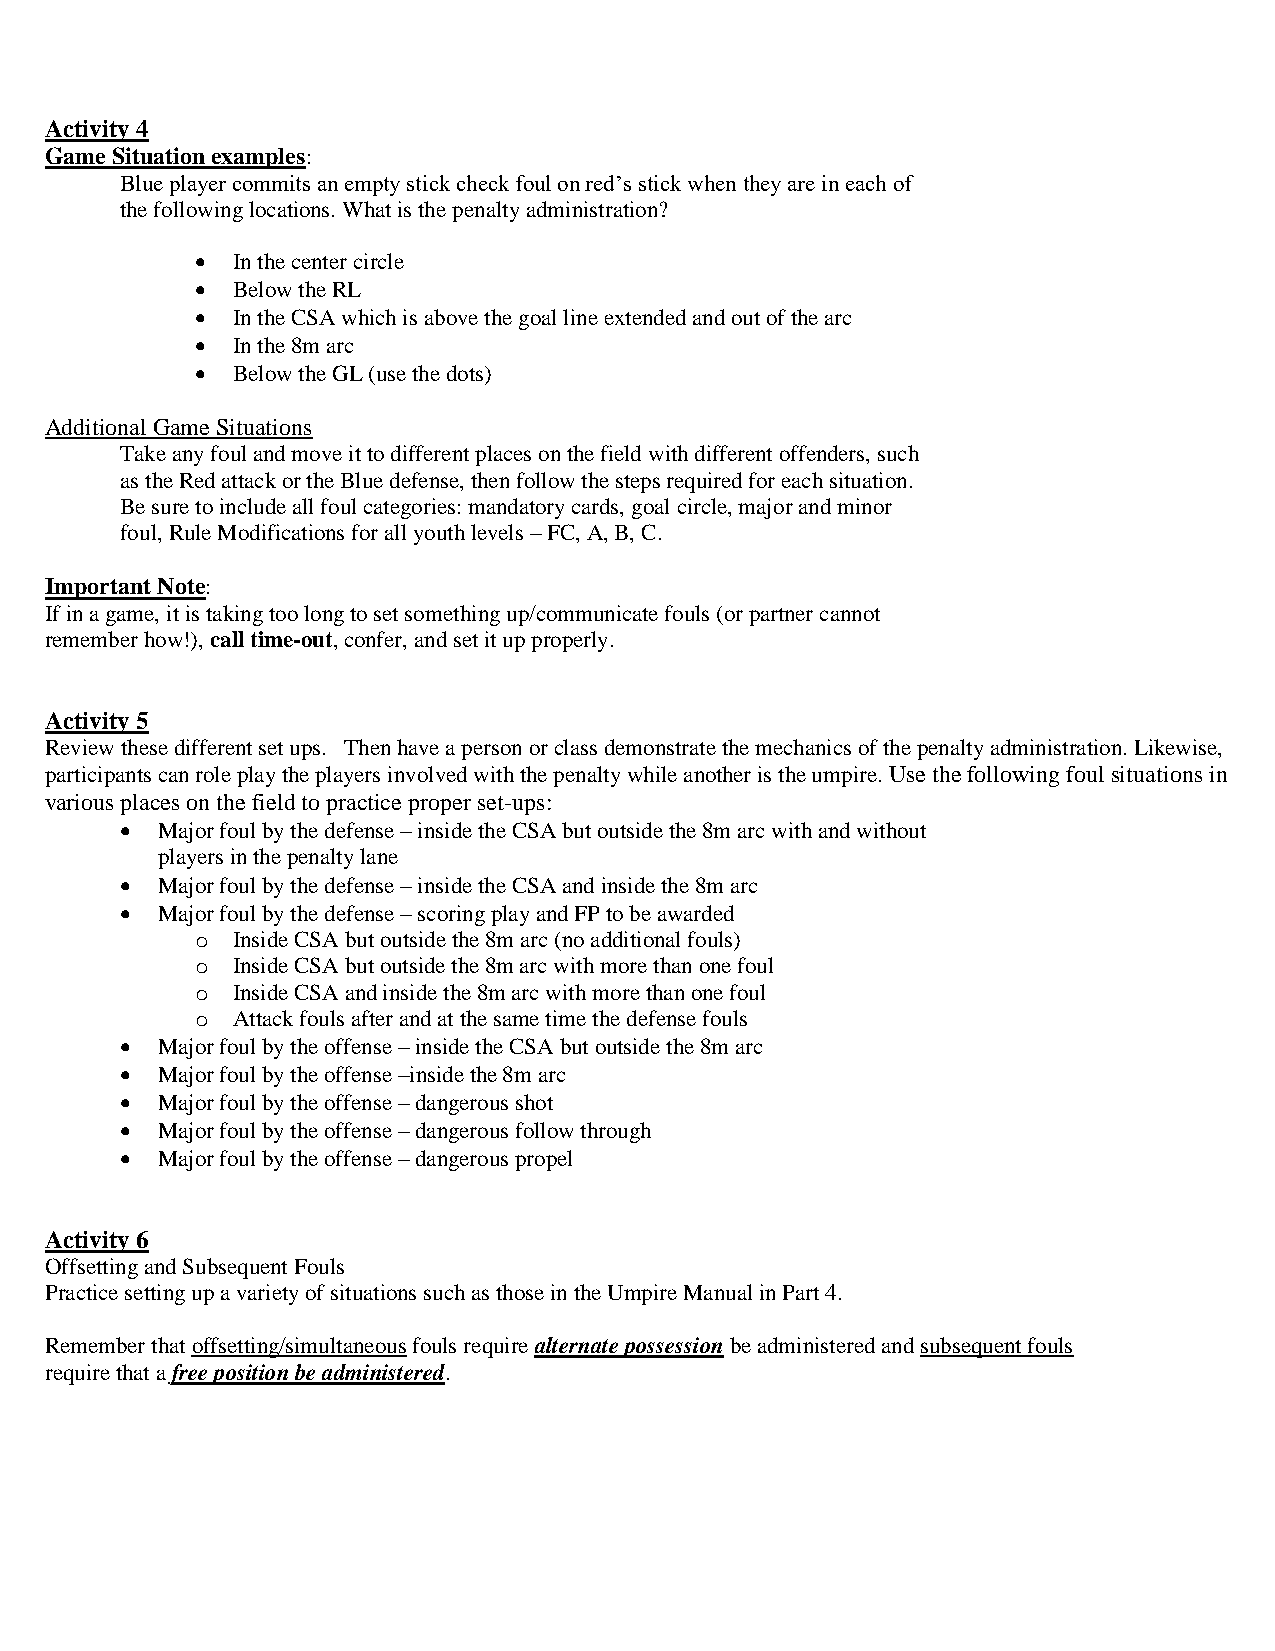
Activity 4
 Game Situation examples:
 Blue player commits an empty stick check foul on red’s stick when they are in each of
 the following locations. What is the penalty administration?
  In the center circle
  Below the RL
  In the CSA which is above the goal line extended and out of the arc
  In the 8m arc
  Below the GL (use the dots)
 Additional Game Situations
 Take any foul and move it to different places on the field with different offenders, such
 as the Red attack or the Blue defense, then follow the steps required for each situation.
 Be sure to include all foul categories: mandatory cards, goal circle, major and minor
 foul, Rule Modifications for all youth levels – FC, A, B, C.
 Important Note:
 If in a game, it is taking too long to set something up/communicate fouls (or partner cannot
 remember how!), call time-out, confer, and set it up properly.
 Activity 5
 Review these different set ups. Then have a person or class demonstrate the mechanics of the penalty administration. Likewise,
 participants can role play the players involved with the penalty while another is the umpire. Use the following foul situations in
 various places on the field to practice proper set-ups:
  Major foul by the defense – inside the CSA but outside the 8m arc with and without
 players in the penalty lane
  Major foul by the defense – inside the CSA and inside the 8m arc
  Major foul by the defense – scoring play and FP to be awarded
 o Inside CSA but outside the 8m arc (no additional fouls)
 o Inside CSA but outside the 8m arc with more than one foul
 o Inside CSA and inside the 8m arc with more than one foul
 o Attack fouls after and at the same time the defense fouls
  Major foul by the offense – inside the CSA but outside the 8m arc
  Major foul by the offense –inside the 8m arc
  Major foul by the offense – dangerous shot
  Major foul by the offense – dangerous follow through
  Major foul by the offense – dangerous propel
 Activity 6
 Offsetting and Subsequent Fouls
 Practice setting up a variety of situations such as those in the Umpire Manual in Part 4.
 Remember that offsetting/simultaneous fouls require alternate possession be administered and subsequent fouls
 require that a free position be administered.